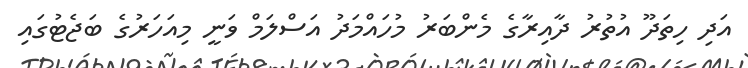
އަދި ހިތަދޫ އުތުރު ދާއިރާގެ މެންބަރު މުހައްމަދު އަސްލަމް ވަނީ މިއަހަރުގެ ބަޖެޓުގައި